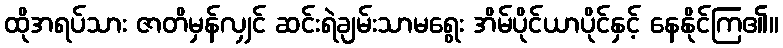
ထိုအရပ်သား ဇာတိမှန်လျှင် ဆင်းရဲချမ်းသာမရွေး အိမ်ပိုင်ယာပိုင်နှင့် နေနိုင်ကြ၏။